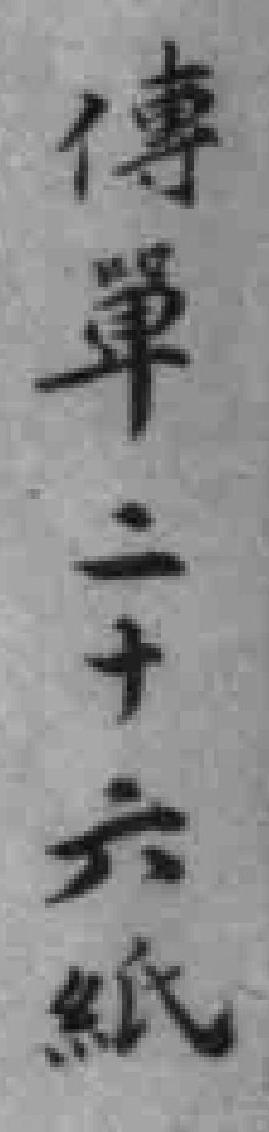
傳單二十六紙